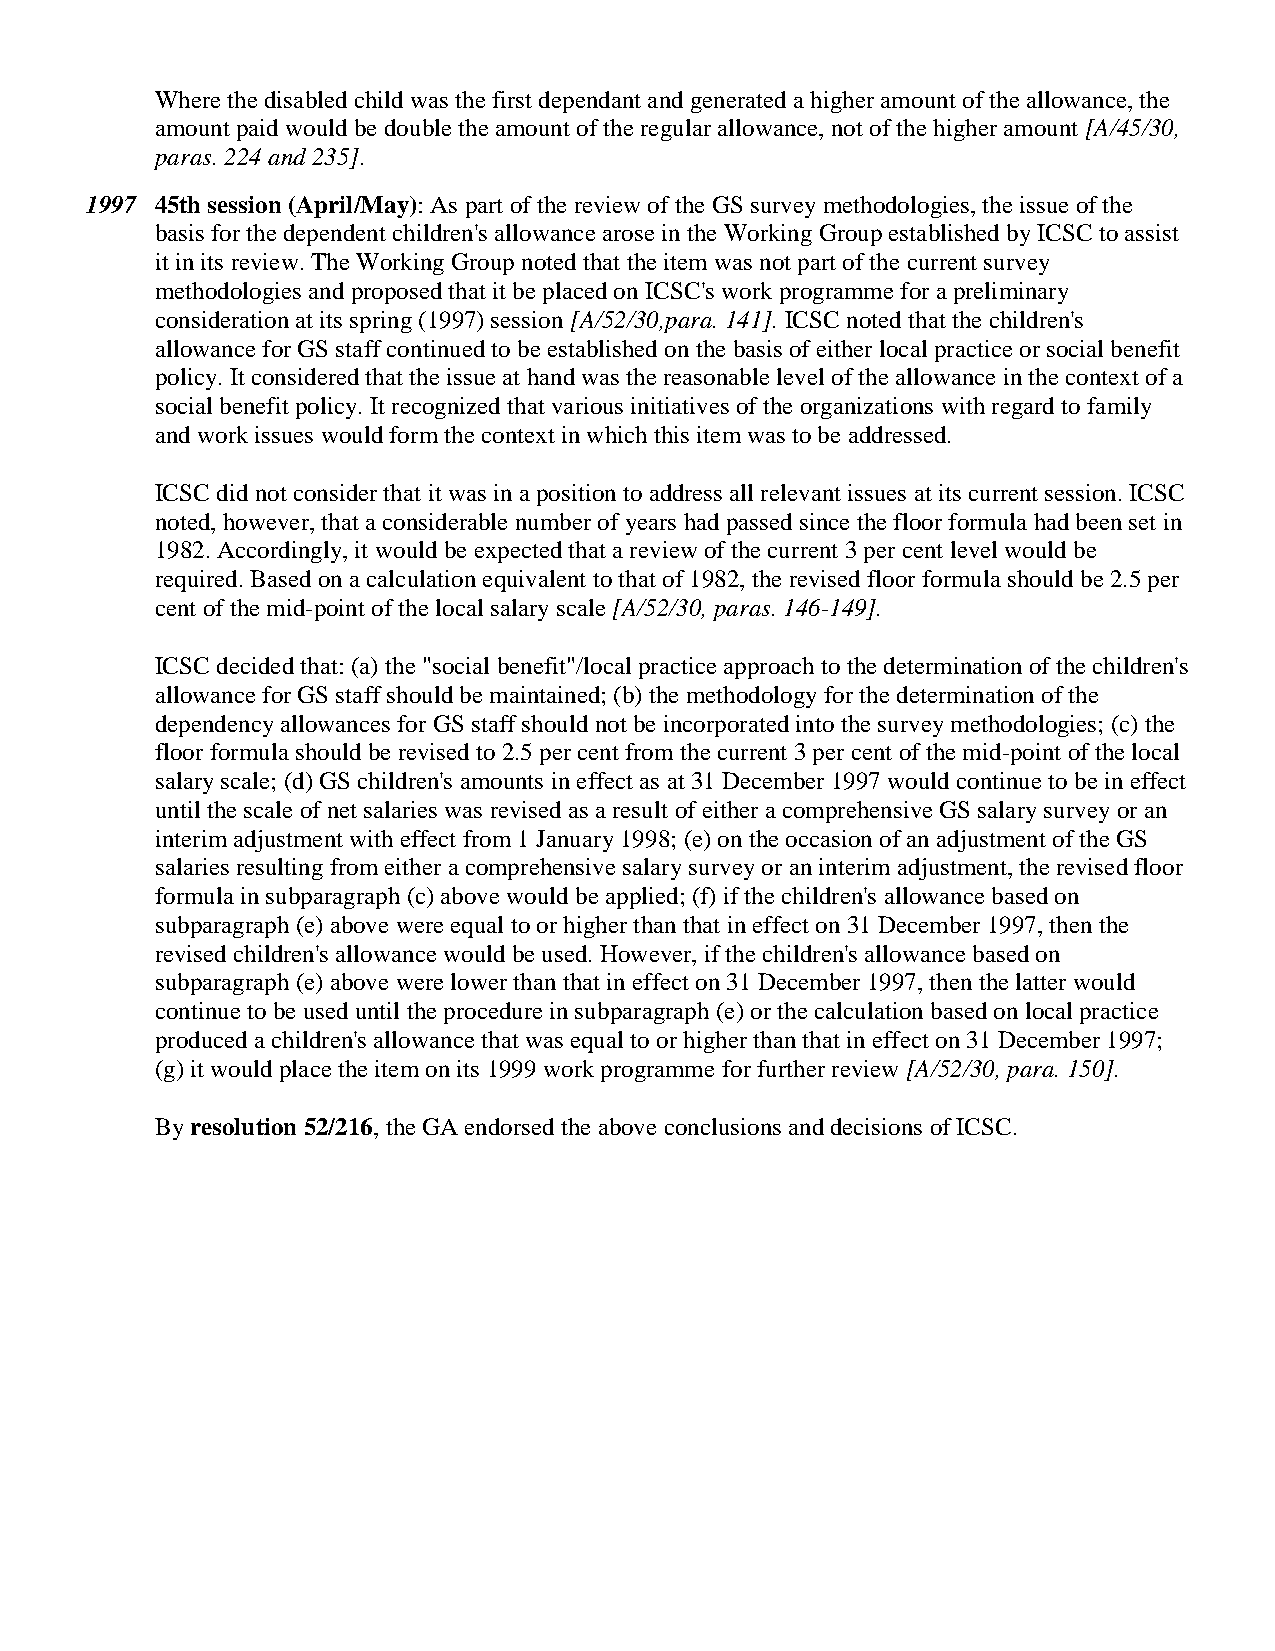
Where the disabled child was the first dependant and generated a higher amount of the allowance, the
 amount paid would be double the amount of the regular allowance, not of the higher amount [A/45/30,
 paras. 224 and 235].
 1997 45th session (April/May): As part of the review of the GS survey methodologies, the issue of the
 basis for the dependent children's allowance arose in the Working Group established by ICSC to assist
 it in its review. The Working Group noted that the item was not part of the current survey
 methodologies and proposed that it be placed on ICSC's work programme for a preliminary
 consideration at its spring (1997) session [A/52/30,para. 141]. ICSC noted that the children's
 allowance for GS staff continued to be established on the basis of either local practice or social benefit
 policy. It considered that the issue at hand was the reasonable level of the allowance in the context of a
 social benefit policy. It recognized that various initiatives of the organizations with regard to family
 and work issues would form the context in which this item was to be addressed.
 ICSC did not consider that it was in a position to address all relevant issues at its current session. ICSC
 noted, however, that a considerable number of years had passed since the floor formula had been set in
 1982. Accordingly, it would be expected that a review of the current 3 per cent level would be
 required. Based on a calculation equivalent to that of 1982, the revised floor formula should be 2.5 per
 cent of the mid-point of the local salary scale [A/52/30, paras. 146-149].
 ICSC decided that: (a) the "social benefit"/local practice approach to the determination of the children's
 allowance for GS staff should be maintained; (b) the methodology for the determination of the
 dependency allowances for GS staff should not be incorporated into the survey methodologies; (c) the
 floor formula should be revised to 2.5 per cent from the current 3 per cent of the mid-point of the local
 salary scale; (d) GS children's amounts in effect as at 31 December 1997 would continue to be in effect
 until the scale of net salaries was revised as a result of either a comprehensive GS salary survey or an
 interim adjustment with effect from 1 January 1998; (e) on the occasion of an adjustment of the GS
 salaries resulting from either a comprehensive salary survey or an interim adjustment, the revised floor
 formula in subparagraph (c) above would be applied; (f) if the children's allowance based on
 subparagraph (e) above were equal to or higher than that in effect on 31 December 1997, then the
 revised children's allowance would be used. However, if the children's allowance based on
 subparagraph (e) above were lower than that in effect on 31 December 1997, then the latter would
 continue to be used until the procedure in subparagraph (e) or the calculation based on local practice
 produced a children's allowance that was equal to or higher than that in effect on 31 December 1997;
 (g) it would place the item on its 1999 work programme for further review [A/52/30, para. 150].
 By resolution 52/216, the GA endorsed the above conclusions and decisions of ICSC.